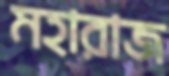
মহারাজ